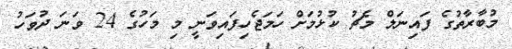
މުބާރާތުގެ ފައިނަލް މެޗު ކުޅުމަށް ހަމަޖެހިފައިވަނީ މި މަހުގެ 24 ވަނަ ދުވަހު